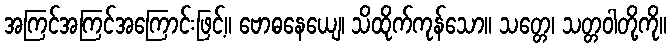
အကြင်အကြင်အကြောင်းဖြင့်။ ဗောဓနေယျေ၊ သိထိုက်ကုန်သော။ သတ္တေ၊ သတ္တဝါတို့ကို။